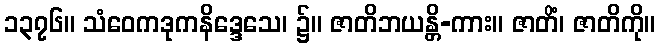
၁၃၇၆။ သံဝေကဒုကနိဒ္ဒေသေ၊ ၌။ ဇာတိဘယန္တိ-ကား။ ဇာတိံ၊ ဇာတိကို။